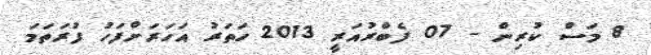
8 މަސް ކުރިން - 07 ފެބްރުއަރީ 2013 ހަތަރު އަހަރަށްފަހު ފުރަތަމަ